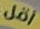
أقل